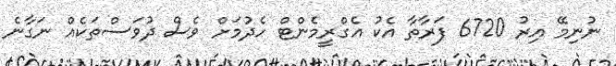
ނުނިމޭ އިރު 6720 ފަރާތާ އެކު އެގްރީމެންޓް ހެދުމަށް ވެސް ދުވަސްތަކެއް ނަގާނެ